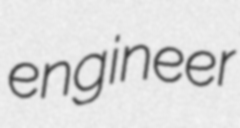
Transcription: engineer